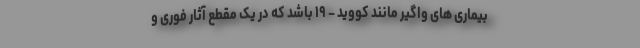
بیماری های واگیر مانند کووید – ۱۹ باشد که در یک مقطع آثار فوری و